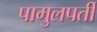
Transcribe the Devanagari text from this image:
पामुलपर्ती